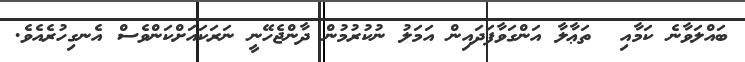
ބައްލަވާނެ ކަމާއި  ތަޢާލާ އަންގަވާފަދައިން އަމަލު ނުކުރުމުން ދާންޖެހޭނީ ނަރަކައަށްކަންވެސް އެނގިހުރެއެވެ.